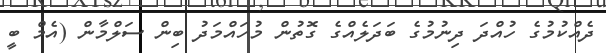
ދެއްކުމުގެ ހުއްދަ ދިނުމުގެ ބަދަލެއްގެ ގޮތުން މުހައްމަދު ބިން ސަލްމާން (އެމް ބީ